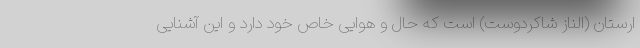
ارستان (الناز شاکردوست) است که حال و هوایی خاص خود دارد و این آشنایی